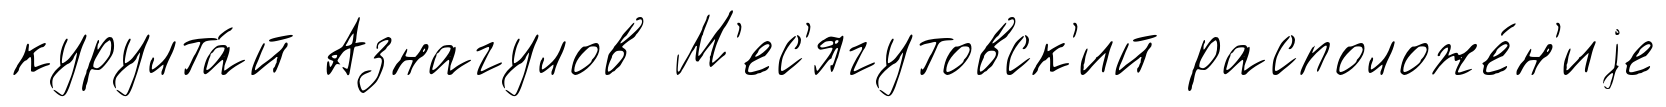
курулта́й Азнагулов М'ес'ягутовск'ий расположе́н'иjе